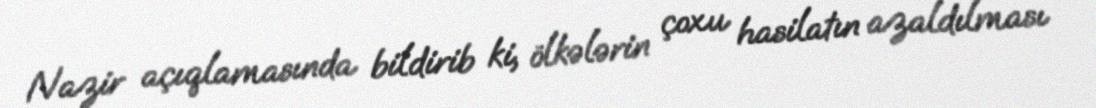
Nazir açıqlamasında bildirib ki, ölkələrin çoxu hasilatın azaldılması